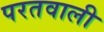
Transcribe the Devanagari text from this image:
परतवाली